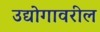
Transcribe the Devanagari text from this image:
उद्योगावरील